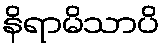
နိရာမိသာပိ